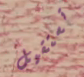
تستقيل